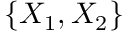
\{ X _ { 1 } , X _ { 2 } \}